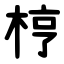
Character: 梈